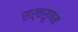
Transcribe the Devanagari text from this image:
सर्वसुगम